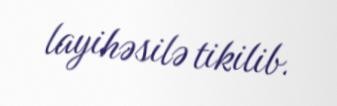
layihəsilə tikilib.